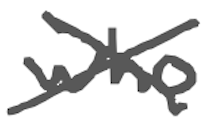
Text: who
Cross-out: cross
Writing tool: digital_gray